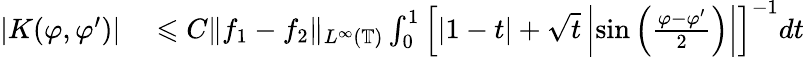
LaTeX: \begin{array}{rl}{|K(\varphi,\varphi^{\prime})|}&{{}\leqslant C\| f_{1}-f_{2}\| _{L^{\infty}(\mathbb{T})}\int_{0}^{1}\Big[|1-t|+\sqrt{t}\left|\sin\left(\frac{\varphi-\varphi^{\prime}}{2}\right)\right|\Big]^{-1}dt}\end{array}